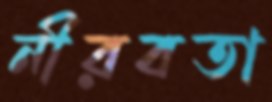
নীরবতা